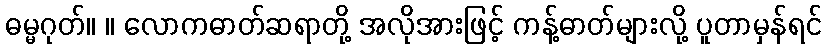
ဓမ္မဂုတ်။ ။ လောကဓာတ်ဆရာတို့ အလိုအားဖြင့် ကန့်ဓာတ်များလို့ ပူတာမှန်ရင်